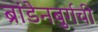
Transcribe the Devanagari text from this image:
ब्रांडेनबुर्गची